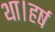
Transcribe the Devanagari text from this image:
था।हर्ष